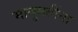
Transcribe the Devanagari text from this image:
भानुमतींना